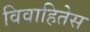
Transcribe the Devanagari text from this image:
विवाहितेस